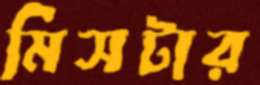
মিসটার